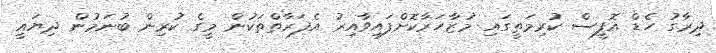
ދިރާގު ހެޑް އޮފީސް ކުރިމަތީގައި މުޒާހަރާކޮށްފައިވާއިރު އެފަރާތްތަކުން މީގެ ކުރިން ބުނަމުން ދިޔައީ